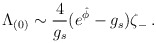
\begin{align*}\Lambda_{(0)} \sim {4\over g_s} (e^{\hat \phi} - g_s) \zeta_{-} \: . \end{align*}